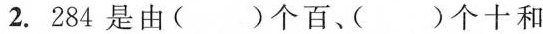
2. 284是由()个百、()个十和